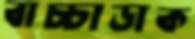
বাচ্চাডাক